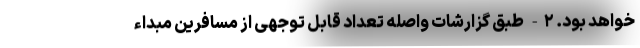
خواهد بود. ۲- طبق گزارشات واصله تعداد قابل توجهی از مسافرین مبداء